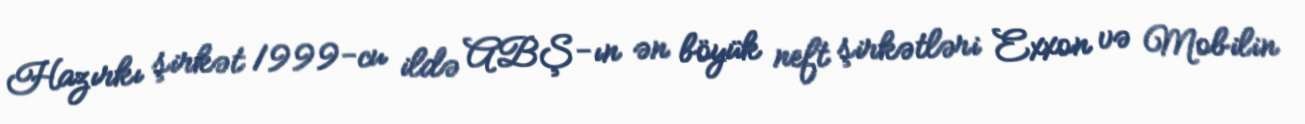
Hazırkı şirkət 1999-cu ildə ABŞ-ın ən böyük neft şirkətləri Exxon və Mobilin